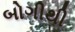
બોગીથી